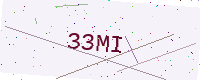
Text: 33MI